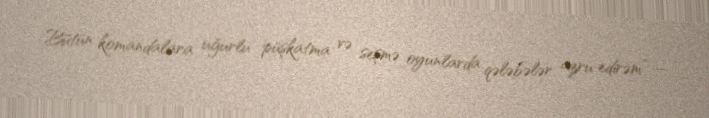
Bütün komandalara uğurlu püşkatma və seşmə oyunlarda qələbələr azru edirəm” –